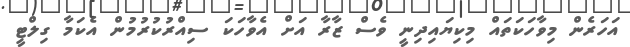
އަހަރެން މިވާހަކަތައް މިކިޔައިދިނީ ވެސް ޒާރާ އަށް އެވާހަކަ ސިއްރުކުރުމުން އެކަމާ ގިލްޓީ